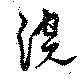
浣